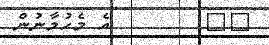
٥٥        އެ މެހުމާނުން